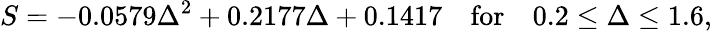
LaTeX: S=-0.0579\Delta^{2}+0.2177\Delta+0.1417\quad\textrm{for}\quad 0.2\leq\Delta\leq 1.6,